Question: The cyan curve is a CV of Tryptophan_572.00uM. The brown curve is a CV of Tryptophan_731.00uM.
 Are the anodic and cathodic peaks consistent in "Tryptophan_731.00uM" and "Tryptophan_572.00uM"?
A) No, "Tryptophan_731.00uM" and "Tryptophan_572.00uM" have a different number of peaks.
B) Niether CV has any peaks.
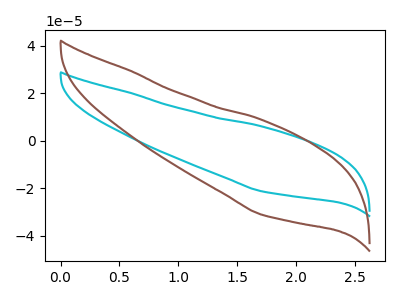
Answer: <think>The cyan curve "Tryptophan_572.00uM" has no peaks. The brown curve "Tryptophan_731.00uM" has no peaks.</think>
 <answer>B) Niether CV has any peaks.</answer>
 <eval>B</eval>